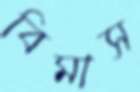
বিমাস